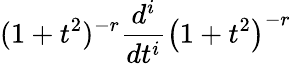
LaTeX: (1+t^{2})^{-r}\frac{d^{i}}{dt^{i}}\left(1+t^{2}\right)^{-r}